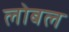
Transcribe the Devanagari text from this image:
लोबल